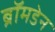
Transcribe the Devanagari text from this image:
ब्रॉमडेन